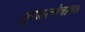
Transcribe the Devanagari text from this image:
सुधारणेबाबत